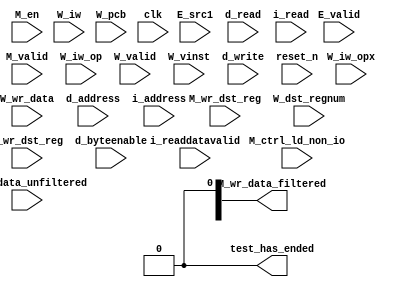
//Legal Notice: (C)2016 Altera Corporation. All rights reserved.  Your
//use of Altera Corporation's design tools, logic functions and other
//software and tools, and its AMPP partner logic functions, and any
//output files any of the foregoing (including device programming or
//simulation files), and any associated documentation or information are
//expressly subject to the terms and conditions of the Altera Program
//License Subscription Agreement or other applicable license agreement,
//including, without limitation, that your use is for the sole purpose
//of programming logic devices manufactured by Altera and sold by Altera
//or its authorized distributors.  Please refer to the applicable
//agreement for further details.

// synthesis translate_off
`timescale 1ns / 1ps
// synthesis translate_on

// turn off superfluous verilog processor warnings 
// altera message_level Level1 
// altera message_off 10034 10035 10036 10037 10230 10240 10030 

module lab4_cpu_test_bench (
                             // inputs:
                              E_src1,
                              E_valid,
                              M_ctrl_ld_non_io,
                              M_en,
                              M_valid,
                              M_wr_data_unfiltered,
                              M_wr_dst_reg,
                              W_dst_regnum,
                              W_iw,
                              W_iw_op,
                              W_iw_opx,
                              W_pcb,
                              W_valid,
                              W_vinst,
                              W_wr_data,
                              W_wr_dst_reg,
                              clk,
                              d_address,
                              d_byteenable,
                              d_read,
                              d_write,
                              i_address,
                              i_read,
                              i_readdatavalid,
                              reset_n,

                             // outputs:
                              M_wr_data_filtered,
                              test_has_ended
                           )
;

  output  [ 31: 0] M_wr_data_filtered;
  output           test_has_ended;
  input   [ 31: 0] E_src1;
  input            E_valid;
  input            M_ctrl_ld_non_io;
  input            M_en;
  input            M_valid;
  input   [ 31: 0] M_wr_data_unfiltered;
  input            M_wr_dst_reg;
  input   [  4: 0] W_dst_regnum;
  input   [ 31: 0] W_iw;
  input   [  5: 0] W_iw_op;
  input   [  5: 0] W_iw_opx;
  input   [ 16: 0] W_pcb;
  input            W_valid;
  input   [ 55: 0] W_vinst;
  input   [ 31: 0] W_wr_data;
  input            W_wr_dst_reg;
  input            clk;
  input   [ 16: 0] d_address;
  input   [  3: 0] d_byteenable;
  input            d_read;
  input            d_write;
  input   [ 16: 0] i_address;
  input            i_read;
  input            i_readdatavalid;
  input            reset_n;

  reg     [ 16: 0] M_target_pcb;
  wire    [ 31: 0] M_wr_data_filtered;
  wire             M_wr_data_unfiltered_0_is_x;
  wire             M_wr_data_unfiltered_10_is_x;
  wire             M_wr_data_unfiltered_11_is_x;
  wire             M_wr_data_unfiltered_12_is_x;
  wire             M_wr_data_unfiltered_13_is_x;
  wire             M_wr_data_unfiltered_14_is_x;
  wire             M_wr_data_unfiltered_15_is_x;
  wire             M_wr_data_unfiltered_16_is_x;
  wire             M_wr_data_unfiltered_17_is_x;
  wire             M_wr_data_unfiltered_18_is_x;
  wire             M_wr_data_unfiltered_19_is_x;
  wire             M_wr_data_unfiltered_1_is_x;
  wire             M_wr_data_unfiltered_20_is_x;
  wire             M_wr_data_unfiltered_21_is_x;
  wire             M_wr_data_unfiltered_22_is_x;
  wire             M_wr_data_unfiltered_23_is_x;
  wire             M_wr_data_unfiltered_24_is_x;
  wire             M_wr_data_unfiltered_25_is_x;
  wire             M_wr_data_unfiltered_26_is_x;
  wire             M_wr_data_unfiltered_27_is_x;
  wire             M_wr_data_unfiltered_28_is_x;
  wire             M_wr_data_unfiltered_29_is_x;
  wire             M_wr_data_unfiltered_2_is_x;
  wire             M_wr_data_unfiltered_30_is_x;
  wire             M_wr_data_unfiltered_31_is_x;
  wire             M_wr_data_unfiltered_3_is_x;
  wire             M_wr_data_unfiltered_4_is_x;
  wire             M_wr_data_unfiltered_5_is_x;
  wire             M_wr_data_unfiltered_6_is_x;
  wire             M_wr_data_unfiltered_7_is_x;
  wire             M_wr_data_unfiltered_8_is_x;
  wire             M_wr_data_unfiltered_9_is_x;
  wire             W_op_add;
  wire             W_op_addi;
  wire             W_op_and;
  wire             W_op_andhi;
  wire             W_op_andi;
  wire             W_op_beq;
  wire             W_op_bge;
  wire             W_op_bgeu;
  wire             W_op_blt;
  wire             W_op_bltu;
  wire             W_op_bne;
  wire             W_op_br;
  wire             W_op_break;
  wire             W_op_bret;
  wire             W_op_call;
  wire             W_op_callr;
  wire             W_op_cmpeq;
  wire             W_op_cmpeqi;
  wire             W_op_cmpge;
  wire             W_op_cmpgei;
  wire             W_op_cmpgeu;
  wire             W_op_cmpgeui;
  wire             W_op_cmplt;
  wire             W_op_cmplti;
  wire             W_op_cmpltu;
  wire             W_op_cmpltui;
  wire             W_op_cmpne;
  wire             W_op_cmpnei;
  wire             W_op_crst;
  wire             W_op_custom;
  wire             W_op_div;
  wire             W_op_divu;
  wire             W_op_eret;
  wire             W_op_flushd;
  wire             W_op_flushda;
  wire             W_op_flushi;
  wire             W_op_flushp;
  wire             W_op_hbreak;
  wire             W_op_initd;
  wire             W_op_initda;
  wire             W_op_initi;
  wire             W_op_intr;
  wire             W_op_jmp;
  wire             W_op_jmpi;
  wire             W_op_ldb;
  wire             W_op_ldbio;
  wire             W_op_ldbu;
  wire             W_op_ldbuio;
  wire             W_op_ldh;
  wire             W_op_ldhio;
  wire             W_op_ldhu;
  wire             W_op_ldhuio;
  wire             W_op_ldl;
  wire             W_op_ldw;
  wire             W_op_ldwio;
  wire             W_op_mul;
  wire             W_op_muli;
  wire             W_op_mulxss;
  wire             W_op_mulxsu;
  wire             W_op_mulxuu;
  wire             W_op_nextpc;
  wire             W_op_nor;
  wire             W_op_opx;
  wire             W_op_or;
  wire             W_op_orhi;
  wire             W_op_ori;
  wire             W_op_rdctl;
  wire             W_op_rdprs;
  wire             W_op_ret;
  wire             W_op_rol;
  wire             W_op_roli;
  wire             W_op_ror;
  wire             W_op_rsv02;
  wire             W_op_rsv09;
  wire             W_op_rsv10;
  wire             W_op_rsv17;
  wire             W_op_rsv18;
  wire             W_op_rsv25;
  wire             W_op_rsv26;
  wire             W_op_rsv33;
  wire             W_op_rsv34;
  wire             W_op_rsv41;
  wire             W_op_rsv42;
  wire             W_op_rsv49;
  wire             W_op_rsv57;
  wire             W_op_rsv61;
  wire             W_op_rsv62;
  wire             W_op_rsv63;
  wire             W_op_rsvx00;
  wire             W_op_rsvx10;
  wire             W_op_rsvx15;
  wire             W_op_rsvx17;
  wire             W_op_rsvx21;
  wire             W_op_rsvx25;
  wire             W_op_rsvx33;
  wire             W_op_rsvx34;
  wire             W_op_rsvx35;
  wire             W_op_rsvx42;
  wire             W_op_rsvx43;
  wire             W_op_rsvx44;
  wire             W_op_rsvx47;
  wire             W_op_rsvx50;
  wire             W_op_rsvx51;
  wire             W_op_rsvx55;
  wire             W_op_rsvx56;
  wire             W_op_rsvx60;
  wire             W_op_rsvx63;
  wire             W_op_sll;
  wire             W_op_slli;
  wire             W_op_sra;
  wire             W_op_srai;
  wire             W_op_srl;
  wire             W_op_srli;
  wire             W_op_stb;
  wire             W_op_stbio;
  wire             W_op_stc;
  wire             W_op_sth;
  wire             W_op_sthio;
  wire             W_op_stw;
  wire             W_op_stwio;
  wire             W_op_sub;
  wire             W_op_sync;
  wire             W_op_trap;
  wire             W_op_wrctl;
  wire             W_op_wrprs;
  wire             W_op_xor;
  wire             W_op_xorhi;
  wire             W_op_xori;
  wire             test_has_ended;
  assign W_op_call = W_iw_op == 0;
  assign W_op_jmpi = W_iw_op == 1;
  assign W_op_ldbu = W_iw_op == 3;
  assign W_op_addi = W_iw_op == 4;
  assign W_op_stb = W_iw_op == 5;
  assign W_op_br = W_iw_op == 6;
  assign W_op_ldb = W_iw_op == 7;
  assign W_op_cmpgei = W_iw_op == 8;
  assign W_op_ldhu = W_iw_op == 11;
  assign W_op_andi = W_iw_op == 12;
  assign W_op_sth = W_iw_op == 13;
  assign W_op_bge = W_iw_op == 14;
  assign W_op_ldh = W_iw_op == 15;
  assign W_op_cmplti = W_iw_op == 16;
  assign W_op_initda = W_iw_op == 19;
  assign W_op_ori = W_iw_op == 20;
  assign W_op_stw = W_iw_op == 21;
  assign W_op_blt = W_iw_op == 22;
  assign W_op_ldw = W_iw_op == 23;
  assign W_op_cmpnei = W_iw_op == 24;
  assign W_op_flushda = W_iw_op == 27;
  assign W_op_xori = W_iw_op == 28;
  assign W_op_stc = W_iw_op == 29;
  assign W_op_bne = W_iw_op == 30;
  assign W_op_ldl = W_iw_op == 31;
  assign W_op_cmpeqi = W_iw_op == 32;
  assign W_op_ldbuio = W_iw_op == 35;
  assign W_op_muli = W_iw_op == 36;
  assign W_op_stbio = W_iw_op == 37;
  assign W_op_beq = W_iw_op == 38;
  assign W_op_ldbio = W_iw_op == 39;
  assign W_op_cmpgeui = W_iw_op == 40;
  assign W_op_ldhuio = W_iw_op == 43;
  assign W_op_andhi = W_iw_op == 44;
  assign W_op_sthio = W_iw_op == 45;
  assign W_op_bgeu = W_iw_op == 46;
  assign W_op_ldhio = W_iw_op == 47;
  assign W_op_cmpltui = W_iw_op == 48;
  assign W_op_initd = W_iw_op == 51;
  assign W_op_orhi = W_iw_op == 52;
  assign W_op_stwio = W_iw_op == 53;
  assign W_op_bltu = W_iw_op == 54;
  assign W_op_ldwio = W_iw_op == 55;
  assign W_op_rdprs = W_iw_op == 56;
  assign W_op_flushd = W_iw_op == 59;
  assign W_op_xorhi = W_iw_op == 60;
  assign W_op_rsv02 = W_iw_op == 2;
  assign W_op_rsv09 = W_iw_op == 9;
  assign W_op_rsv10 = W_iw_op == 10;
  assign W_op_rsv17 = W_iw_op == 17;
  assign W_op_rsv18 = W_iw_op == 18;
  assign W_op_rsv25 = W_iw_op == 25;
  assign W_op_rsv26 = W_iw_op == 26;
  assign W_op_rsv33 = W_iw_op == 33;
  assign W_op_rsv34 = W_iw_op == 34;
  assign W_op_rsv41 = W_iw_op == 41;
  assign W_op_rsv42 = W_iw_op == 42;
  assign W_op_rsv49 = W_iw_op == 49;
  assign W_op_rsv57 = W_iw_op == 57;
  assign W_op_rsv61 = W_iw_op == 61;
  assign W_op_rsv62 = W_iw_op == 62;
  assign W_op_rsv63 = W_iw_op == 63;
  assign W_op_eret = W_op_opx & (W_iw_opx == 1);
  assign W_op_roli = W_op_opx & (W_iw_opx == 2);
  assign W_op_rol = W_op_opx & (W_iw_opx == 3);
  assign W_op_flushp = W_op_opx & (W_iw_opx == 4);
  assign W_op_ret = W_op_opx & (W_iw_opx == 5);
  assign W_op_nor = W_op_opx & (W_iw_opx == 6);
  assign W_op_mulxuu = W_op_opx & (W_iw_opx == 7);
  assign W_op_cmpge = W_op_opx & (W_iw_opx == 8);
  assign W_op_bret = W_op_opx & (W_iw_opx == 9);
  assign W_op_ror = W_op_opx & (W_iw_opx == 11);
  assign W_op_flushi = W_op_opx & (W_iw_opx == 12);
  assign W_op_jmp = W_op_opx & (W_iw_opx == 13);
  assign W_op_and = W_op_opx & (W_iw_opx == 14);
  assign W_op_cmplt = W_op_opx & (W_iw_opx == 16);
  assign W_op_slli = W_op_opx & (W_iw_opx == 18);
  assign W_op_sll = W_op_opx & (W_iw_opx == 19);
  assign W_op_wrprs = W_op_opx & (W_iw_opx == 20);
  assign W_op_or = W_op_opx & (W_iw_opx == 22);
  assign W_op_mulxsu = W_op_opx & (W_iw_opx == 23);
  assign W_op_cmpne = W_op_opx & (W_iw_opx == 24);
  assign W_op_srli = W_op_opx & (W_iw_opx == 26);
  assign W_op_srl = W_op_opx & (W_iw_opx == 27);
  assign W_op_nextpc = W_op_opx & (W_iw_opx == 28);
  assign W_op_callr = W_op_opx & (W_iw_opx == 29);
  assign W_op_xor = W_op_opx & (W_iw_opx == 30);
  assign W_op_mulxss = W_op_opx & (W_iw_opx == 31);
  assign W_op_cmpeq = W_op_opx & (W_iw_opx == 32);
  assign W_op_divu = W_op_opx & (W_iw_opx == 36);
  assign W_op_div = W_op_opx & (W_iw_opx == 37);
  assign W_op_rdctl = W_op_opx & (W_iw_opx == 38);
  assign W_op_mul = W_op_opx & (W_iw_opx == 39);
  assign W_op_cmpgeu = W_op_opx & (W_iw_opx == 40);
  assign W_op_initi = W_op_opx & (W_iw_opx == 41);
  assign W_op_trap = W_op_opx & (W_iw_opx == 45);
  assign W_op_wrctl = W_op_opx & (W_iw_opx == 46);
  assign W_op_cmpltu = W_op_opx & (W_iw_opx == 48);
  assign W_op_add = W_op_opx & (W_iw_opx == 49);
  assign W_op_break = W_op_opx & (W_iw_opx == 52);
  assign W_op_hbreak = W_op_opx & (W_iw_opx == 53);
  assign W_op_sync = W_op_opx & (W_iw_opx == 54);
  assign W_op_sub = W_op_opx & (W_iw_opx == 57);
  assign W_op_srai = W_op_opx & (W_iw_opx == 58);
  assign W_op_sra = W_op_opx & (W_iw_opx == 59);
  assign W_op_intr = W_op_opx & (W_iw_opx == 61);
  assign W_op_crst = W_op_opx & (W_iw_opx == 62);
  assign W_op_rsvx00 = W_op_opx & (W_iw_opx == 0);
  assign W_op_rsvx10 = W_op_opx & (W_iw_opx == 10);
  assign W_op_rsvx15 = W_op_opx & (W_iw_opx == 15);
  assign W_op_rsvx17 = W_op_opx & (W_iw_opx == 17);
  assign W_op_rsvx21 = W_op_opx & (W_iw_opx == 21);
  assign W_op_rsvx25 = W_op_opx & (W_iw_opx == 25);
  assign W_op_rsvx33 = W_op_opx & (W_iw_opx == 33);
  assign W_op_rsvx34 = W_op_opx & (W_iw_opx == 34);
  assign W_op_rsvx35 = W_op_opx & (W_iw_opx == 35);
  assign W_op_rsvx42 = W_op_opx & (W_iw_opx == 42);
  assign W_op_rsvx43 = W_op_opx & (W_iw_opx == 43);
  assign W_op_rsvx44 = W_op_opx & (W_iw_opx == 44);
  assign W_op_rsvx47 = W_op_opx & (W_iw_opx == 47);
  assign W_op_rsvx50 = W_op_opx & (W_iw_opx == 50);
  assign W_op_rsvx51 = W_op_opx & (W_iw_opx == 51);
  assign W_op_rsvx55 = W_op_opx & (W_iw_opx == 55);
  assign W_op_rsvx56 = W_op_opx & (W_iw_opx == 56);
  assign W_op_rsvx60 = W_op_opx & (W_iw_opx == 60);
  assign W_op_rsvx63 = W_op_opx & (W_iw_opx == 63);
  assign W_op_opx = W_iw_op == 58;
  assign W_op_custom = W_iw_op == 50;
  always @(posedge clk or negedge reset_n)
    begin
      if (reset_n == 0)
          M_target_pcb <= 0;
      else if (M_en)
          M_target_pcb <= E_src1[16 : 0];
    end


  assign test_has_ended = 1'b0;

//synthesis translate_off
//////////////// SIMULATION-ONLY CONTENTS
  //Clearing 'X' data bits
  assign M_wr_data_unfiltered_0_is_x = ^(M_wr_data_unfiltered[0]) === 1'bx;

  assign M_wr_data_filtered[0] = (M_wr_data_unfiltered_0_is_x & (M_ctrl_ld_non_io)) ? 1'b0 : M_wr_data_unfiltered[0];
  assign M_wr_data_unfiltered_1_is_x = ^(M_wr_data_unfiltered[1]) === 1'bx;
  assign M_wr_data_filtered[1] = (M_wr_data_unfiltered_1_is_x & (M_ctrl_ld_non_io)) ? 1'b0 : M_wr_data_unfiltered[1];
  assign M_wr_data_unfiltered_2_is_x = ^(M_wr_data_unfiltered[2]) === 1'bx;
  assign M_wr_data_filtered[2] = (M_wr_data_unfiltered_2_is_x & (M_ctrl_ld_non_io)) ? 1'b0 : M_wr_data_unfiltered[2];
  assign M_wr_data_unfiltered_3_is_x = ^(M_wr_data_unfiltered[3]) === 1'bx;
  assign M_wr_data_filtered[3] = (M_wr_data_unfiltered_3_is_x & (M_ctrl_ld_non_io)) ? 1'b0 : M_wr_data_unfiltered[3];
  assign M_wr_data_unfiltered_4_is_x = ^(M_wr_data_unfiltered[4]) === 1'bx;
  assign M_wr_data_filtered[4] = (M_wr_data_unfiltered_4_is_x & (M_ctrl_ld_non_io)) ? 1'b0 : M_wr_data_unfiltered[4];
  assign M_wr_data_unfiltered_5_is_x = ^(M_wr_data_unfiltered[5]) === 1'bx;
  assign M_wr_data_filtered[5] = (M_wr_data_unfiltered_5_is_x & (M_ctrl_ld_non_io)) ? 1'b0 : M_wr_data_unfiltered[5];
  assign M_wr_data_unfiltered_6_is_x = ^(M_wr_data_unfiltered[6]) === 1'bx;
  assign M_wr_data_filtered[6] = (M_wr_data_unfiltered_6_is_x & (M_ctrl_ld_non_io)) ? 1'b0 : M_wr_data_unfiltered[6];
  assign M_wr_data_unfiltered_7_is_x = ^(M_wr_data_unfiltered[7]) === 1'bx;
  assign M_wr_data_filtered[7] = (M_wr_data_unfiltered_7_is_x & (M_ctrl_ld_non_io)) ? 1'b0 : M_wr_data_unfiltered[7];
  assign M_wr_data_unfiltered_8_is_x = ^(M_wr_data_unfiltered[8]) === 1'bx;
  assign M_wr_data_filtered[8] = (M_wr_data_unfiltered_8_is_x & (M_ctrl_ld_non_io)) ? 1'b0 : M_wr_data_unfiltered[8];
  assign M_wr_data_unfiltered_9_is_x = ^(M_wr_data_unfiltered[9]) === 1'bx;
  assign M_wr_data_filtered[9] = (M_wr_data_unfiltered_9_is_x & (M_ctrl_ld_non_io)) ? 1'b0 : M_wr_data_unfiltered[9];
  assign M_wr_data_unfiltered_10_is_x = ^(M_wr_data_unfiltered[10]) === 1'bx;
  assign M_wr_data_filtered[10] = (M_wr_data_unfiltered_10_is_x & (M_ctrl_ld_non_io)) ? 1'b0 : M_wr_data_unfiltered[10];
  assign M_wr_data_unfiltered_11_is_x = ^(M_wr_data_unfiltered[11]) === 1'bx;
  assign M_wr_data_filtered[11] = (M_wr_data_unfiltered_11_is_x & (M_ctrl_ld_non_io)) ? 1'b0 : M_wr_data_unfiltered[11];
  assign M_wr_data_unfiltered_12_is_x = ^(M_wr_data_unfiltered[12]) === 1'bx;
  assign M_wr_data_filtered[12] = (M_wr_data_unfiltered_12_is_x & (M_ctrl_ld_non_io)) ? 1'b0 : M_wr_data_unfiltered[12];
  assign M_wr_data_unfiltered_13_is_x = ^(M_wr_data_unfiltered[13]) === 1'bx;
  assign M_wr_data_filtered[13] = (M_wr_data_unfiltered_13_is_x & (M_ctrl_ld_non_io)) ? 1'b0 : M_wr_data_unfiltered[13];
  assign M_wr_data_unfiltered_14_is_x = ^(M_wr_data_unfiltered[14]) === 1'bx;
  assign M_wr_data_filtered[14] = (M_wr_data_unfiltered_14_is_x & (M_ctrl_ld_non_io)) ? 1'b0 : M_wr_data_unfiltered[14];
  assign M_wr_data_unfiltered_15_is_x = ^(M_wr_data_unfiltered[15]) === 1'bx;
  assign M_wr_data_filtered[15] = (M_wr_data_unfiltered_15_is_x & (M_ctrl_ld_non_io)) ? 1'b0 : M_wr_data_unfiltered[15];
  assign M_wr_data_unfiltered_16_is_x = ^(M_wr_data_unfiltered[16]) === 1'bx;
  assign M_wr_data_filtered[16] = (M_wr_data_unfiltered_16_is_x & (M_ctrl_ld_non_io)) ? 1'b0 : M_wr_data_unfiltered[16];
  assign M_wr_data_unfiltered_17_is_x = ^(M_wr_data_unfiltered[17]) === 1'bx;
  assign M_wr_data_filtered[17] = (M_wr_data_unfiltered_17_is_x & (M_ctrl_ld_non_io)) ? 1'b0 : M_wr_data_unfiltered[17];
  assign M_wr_data_unfiltered_18_is_x = ^(M_wr_data_unfiltered[18]) === 1'bx;
  assign M_wr_data_filtered[18] = (M_wr_data_unfiltered_18_is_x & (M_ctrl_ld_non_io)) ? 1'b0 : M_wr_data_unfiltered[18];
  assign M_wr_data_unfiltered_19_is_x = ^(M_wr_data_unfiltered[19]) === 1'bx;
  assign M_wr_data_filtered[19] = (M_wr_data_unfiltered_19_is_x & (M_ctrl_ld_non_io)) ? 1'b0 : M_wr_data_unfiltered[19];
  assign M_wr_data_unfiltered_20_is_x = ^(M_wr_data_unfiltered[20]) === 1'bx;
  assign M_wr_data_filtered[20] = (M_wr_data_unfiltered_20_is_x & (M_ctrl_ld_non_io)) ? 1'b0 : M_wr_data_unfiltered[20];
  assign M_wr_data_unfiltered_21_is_x = ^(M_wr_data_unfiltered[21]) === 1'bx;
  assign M_wr_data_filtered[21] = (M_wr_data_unfiltered_21_is_x & (M_ctrl_ld_non_io)) ? 1'b0 : M_wr_data_unfiltered[21];
  assign M_wr_data_unfiltered_22_is_x = ^(M_wr_data_unfiltered[22]) === 1'bx;
  assign M_wr_data_filtered[22] = (M_wr_data_unfiltered_22_is_x & (M_ctrl_ld_non_io)) ? 1'b0 : M_wr_data_unfiltered[22];
  assign M_wr_data_unfiltered_23_is_x = ^(M_wr_data_unfiltered[23]) === 1'bx;
  assign M_wr_data_filtered[23] = (M_wr_data_unfiltered_23_is_x & (M_ctrl_ld_non_io)) ? 1'b0 : M_wr_data_unfiltered[23];
  assign M_wr_data_unfiltered_24_is_x = ^(M_wr_data_unfiltered[24]) === 1'bx;
  assign M_wr_data_filtered[24] = (M_wr_data_unfiltered_24_is_x & (M_ctrl_ld_non_io)) ? 1'b0 : M_wr_data_unfiltered[24];
  assign M_wr_data_unfiltered_25_is_x = ^(M_wr_data_unfiltered[25]) === 1'bx;
  assign M_wr_data_filtered[25] = (M_wr_data_unfiltered_25_is_x & (M_ctrl_ld_non_io)) ? 1'b0 : M_wr_data_unfiltered[25];
  assign M_wr_data_unfiltered_26_is_x = ^(M_wr_data_unfiltered[26]) === 1'bx;
  assign M_wr_data_filtered[26] = (M_wr_data_unfiltered_26_is_x & (M_ctrl_ld_non_io)) ? 1'b0 : M_wr_data_unfiltered[26];
  assign M_wr_data_unfiltered_27_is_x = ^(M_wr_data_unfiltered[27]) === 1'bx;
  assign M_wr_data_filtered[27] = (M_wr_data_unfiltered_27_is_x & (M_ctrl_ld_non_io)) ? 1'b0 : M_wr_data_unfiltered[27];
  assign M_wr_data_unfiltered_28_is_x = ^(M_wr_data_unfiltered[28]) === 1'bx;
  assign M_wr_data_filtered[28] = (M_wr_data_unfiltered_28_is_x & (M_ctrl_ld_non_io)) ? 1'b0 : M_wr_data_unfiltered[28];
  assign M_wr_data_unfiltered_29_is_x = ^(M_wr_data_unfiltered[29]) === 1'bx;
  assign M_wr_data_filtered[29] = (M_wr_data_unfiltered_29_is_x & (M_ctrl_ld_non_io)) ? 1'b0 : M_wr_data_unfiltered[29];
  assign M_wr_data_unfiltered_30_is_x = ^(M_wr_data_unfiltered[30]) === 1'bx;
  assign M_wr_data_filtered[30] = (M_wr_data_unfiltered_30_is_x & (M_ctrl_ld_non_io)) ? 1'b0 : M_wr_data_unfiltered[30];
  assign M_wr_data_unfiltered_31_is_x = ^(M_wr_data_unfiltered[31]) === 1'bx;
  assign M_wr_data_filtered[31] = (M_wr_data_unfiltered_31_is_x & (M_ctrl_ld_non_io)) ? 1'b0 : M_wr_data_unfiltered[31];
  always @(posedge clk)
    begin
      if (reset_n)
          if (^(W_wr_dst_reg) === 1'bx)
            begin
              $write("%0d ns: ERROR: lab4_cpu_test_bench/W_wr_dst_reg is 'x'\n", $time);
              $stop;
            end
    end


  always @(posedge clk or negedge reset_n)
    begin
      if (reset_n == 0)
        begin
        end
      else if (W_wr_dst_reg)
          if (^(W_dst_regnum) === 1'bx)
            begin
              $write("%0d ns: ERROR: lab4_cpu_test_bench/W_dst_regnum is 'x'\n", $time);
              $stop;
            end
    end


  always @(posedge clk or negedge reset_n)
    begin
      if (reset_n == 0)
        begin
        end
      else if (W_wr_dst_reg)
          if (^(W_wr_data) === 1'bx)
            begin
              $write("%0d ns: ERROR: lab4_cpu_test_bench/W_wr_data is 'x'\n", $time);
              $stop;
            end
    end


  always @(posedge clk)
    begin
      if (reset_n)
          if (^(W_valid) === 1'bx)
            begin
              $write("%0d ns: ERROR: lab4_cpu_test_bench/W_valid is 'x'\n", $time);
              $stop;
            end
    end


  always @(posedge clk or negedge reset_n)
    begin
      if (reset_n == 0)
        begin
        end
      else if (W_valid)
          if (^(W_pcb) === 1'bx)
            begin
              $write("%0d ns: ERROR: lab4_cpu_test_bench/W_pcb is 'x'\n", $time);
              $stop;
            end
    end


  always @(posedge clk or negedge reset_n)
    begin
      if (reset_n == 0)
        begin
        end
      else if (W_valid)
          if (^(W_iw) === 1'bx)
            begin
              $write("%0d ns: ERROR: lab4_cpu_test_bench/W_iw is 'x'\n", $time);
              $stop;
            end
    end


  always @(posedge clk)
    begin
      if (reset_n)
          if (^(M_en) === 1'bx)
            begin
              $write("%0d ns: ERROR: lab4_cpu_test_bench/M_en is 'x'\n", $time);
              $stop;
            end
    end


  always @(posedge clk)
    begin
      if (reset_n)
          if (^(E_valid) === 1'bx)
            begin
              $write("%0d ns: ERROR: lab4_cpu_test_bench/E_valid is 'x'\n", $time);
              $stop;
            end
    end


  always @(posedge clk)
    begin
      if (reset_n)
          if (^(M_valid) === 1'bx)
            begin
              $write("%0d ns: ERROR: lab4_cpu_test_bench/M_valid is 'x'\n", $time);
              $stop;
            end
    end


  always @(posedge clk or negedge reset_n)
    begin
      if (reset_n == 0)
        begin
        end
      else if (M_valid & M_en & M_wr_dst_reg)
          if (^(M_wr_data_unfiltered) === 1'bx)
            begin
              $write("%0d ns: WARNING: lab4_cpu_test_bench/M_wr_data_unfiltered is 'x'\n", $time);
            end
    end


  always @(posedge clk)
    begin
      if (reset_n)
          if (^(i_read) === 1'bx)
            begin
              $write("%0d ns: ERROR: lab4_cpu_test_bench/i_read is 'x'\n", $time);
              $stop;
            end
    end


  always @(posedge clk or negedge reset_n)
    begin
      if (reset_n == 0)
        begin
        end
      else if (i_read)
          if (^(i_address) === 1'bx)
            begin
              $write("%0d ns: ERROR: lab4_cpu_test_bench/i_address is 'x'\n", $time);
              $stop;
            end
    end


  always @(posedge clk)
    begin
      if (reset_n)
          if (^(i_readdatavalid) === 1'bx)
            begin
              $write("%0d ns: ERROR: lab4_cpu_test_bench/i_readdatavalid is 'x'\n", $time);
              $stop;
            end
    end


  always @(posedge clk)
    begin
      if (reset_n)
          if (^(d_write) === 1'bx)
            begin
              $write("%0d ns: ERROR: lab4_cpu_test_bench/d_write is 'x'\n", $time);
              $stop;
            end
    end


  always @(posedge clk or negedge reset_n)
    begin
      if (reset_n == 0)
        begin
        end
      else if (d_write)
          if (^(d_byteenable) === 1'bx)
            begin
              $write("%0d ns: ERROR: lab4_cpu_test_bench/d_byteenable is 'x'\n", $time);
              $stop;
            end
    end


  always @(posedge clk or negedge reset_n)
    begin
      if (reset_n == 0)
        begin
        end
      else if (d_write | d_read)
          if (^(d_address) === 1'bx)
            begin
              $write("%0d ns: ERROR: lab4_cpu_test_bench/d_address is 'x'\n", $time);
              $stop;
            end
    end


  always @(posedge clk)
    begin
      if (reset_n)
          if (^(d_read) === 1'bx)
            begin
              $write("%0d ns: ERROR: lab4_cpu_test_bench/d_read is 'x'\n", $time);
              $stop;
            end
    end



//////////////// END SIMULATION-ONLY CONTENTS

//synthesis translate_on
//synthesis read_comments_as_HDL on
//  
//  assign M_wr_data_filtered = M_wr_data_unfiltered;
//
//synthesis read_comments_as_HDL off

endmodule